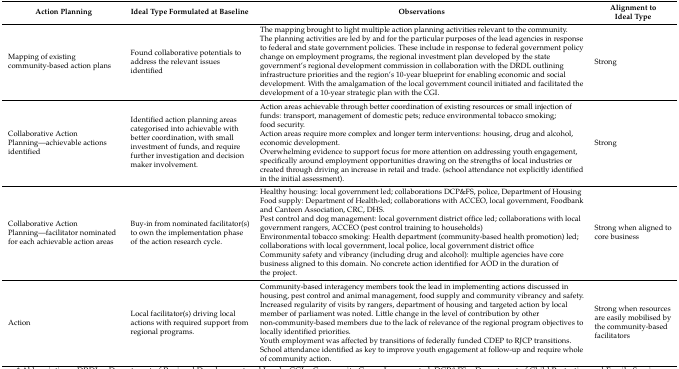
<table><thead><tr><td><b>Action Planning</b></td><td><b>Ideal Type Formulated at Baseline</b></td><td><b>Observations</b></td><td><b>Alignment to Ideal Type</b></td></tr></thead><tbody><tr><td>Mapping of existing community-based action plans</td><td>Found collaborative potentials to address the relevant issues identified</td><td>The mapping brought to light multiple action planning activities relevant to the community. The planning activities are led by and for the particular purposes of the lead agencies in response to federal and state government policies. These include in response to federal government policy change on employment programs, the regional investment plan developed by the state government’s regional development commission in collaboration with the DRDL outlining infrastructure priorities and the region’s 10-year blueprint for enabling economic and social development. With the amalgamation of the local government council initiated and facilitated the development of a 10-year strategic plan with the CGI.</td><td>Strong</td></tr><tr><td>Collaborative Action Planning—achievable actions identified</td><td>Identified action planning areas categorised into achievable with better coordination, with small investment of funds, and require further investigation and decision maker involvement.</td><td>Action areas achievable through better coordination of existing resources or small injection of funds: transport, management of domestic pets; reduce environmental tobacco smoking; food security.Action areas require more complex and longer term interventions: housing, drug and alcohol, economic development.Overwhelming evidence to support focus for more attention on addressing youth engagement, specifically around employment opportunities drawing on the strengths of local industries or created through driving an increase in retail and trade. (school attendance not explicitly identified in the initial assessment).</td><td>Strong</td></tr><tr><td>Collaborative Action Planning—facilitator nominated for each achievable action areas</td><td>Buy-in from nominated facilitator(s) to own the implementation phase of the action research cycle.</td><td>Healthy housing: local government led; collaborations DCP&amp;FS, police, Department of HousingFood supply: Department of Health-led; collaborations with ACCEO, local government, Foodbank and Canteen Association, CRC, DHS.Pest control and dog management: local government district office led; collaborations with local government rangers, ACCEO (pest control training to households) Environmental tobacco smoking: Health department (community-based health promotion) led; collaborations with local government, local police, local government district officeCommunity safety and vibrancy (including drug and alcohol): multiple agencies have core business aligned to this domain. No concrete action identified for AOD in the duration of the project.</td><td>Strong when aligned to core business</td></tr><tr><td>Action</td><td>Local facilitator(s) driving local actions with required support from regional programs.</td><td>Community-based interagency members took the lead in implementing actions discussed in housing, pest control and animal management, food supply and community vibrancy and safety. Increased regularity of visits by rangers, department of housing and targeted action by local member of parliament was noted. Little change in the level of contribution by other non-community-based members due to the lack of relevance of the regional program objectives to locally identified priorities.Youth employment was affected by transitions of federally funded CDEP to RJCP transitions. School attendance identified as key to improve youth engagement at follow-up and require whole of community action. </td><td>Strong when resources are easily mobilised by the community-based facilitators</td></tr></tbody></table>